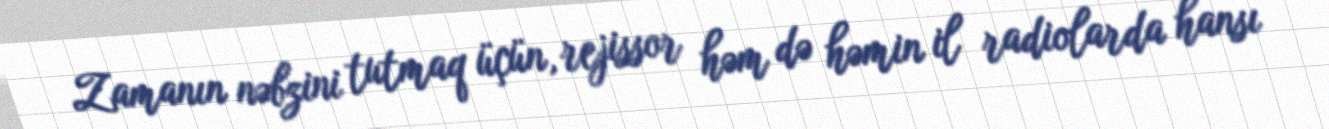
Zamanın nəbzini tutmaq üçün, rejissor həm də həmin il radiolarda hansı